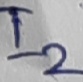
Text: I2